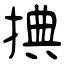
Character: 捵